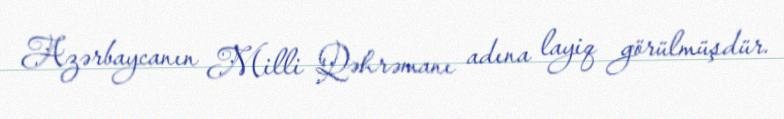
Azərbaycanın Milli Qəhrəmanı adına layiq görülmüşdür.